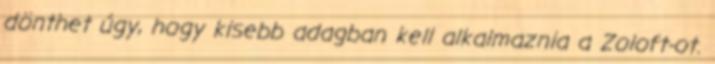
dönthet úgy, hogy kisebb adagban kell alkalmaznia a Zoloft-ot.